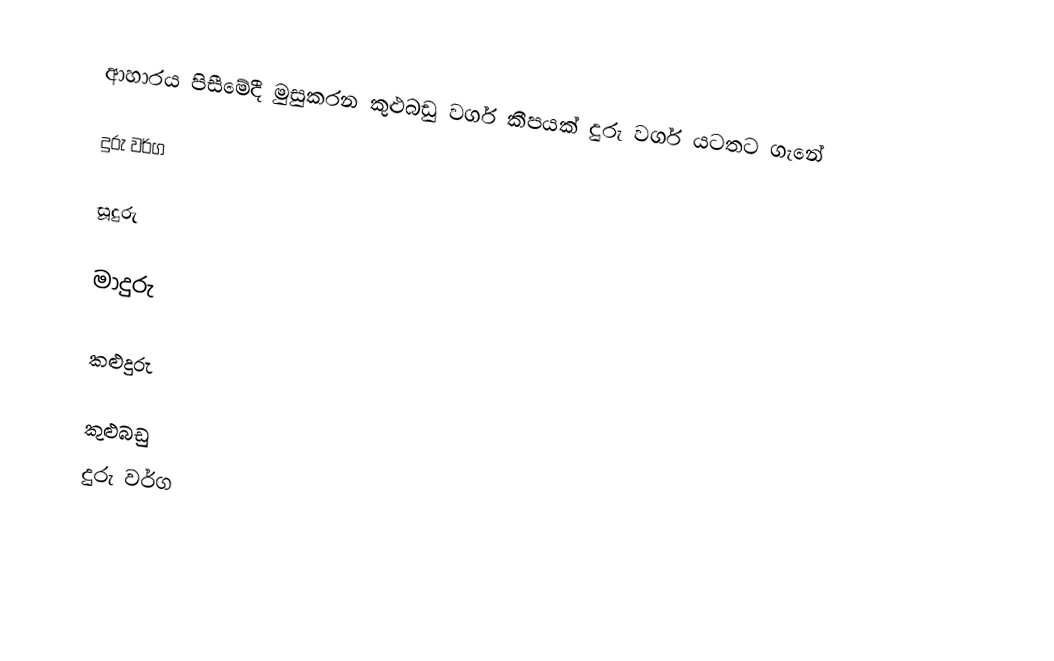
ආහාරය පිසීමේදී මුසුකරන කුළුබඩු වර්ග කීපයක් දුරු වර්ග යටතට ගැනේ

දුරු වර්ග

සූදුරු

මාදුරු

කළුදුරු

කුළුබඩු
දුරු වර්ග